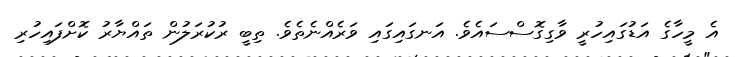
އެ މީހާގެ އަޑުގައިހުރީ ވާގިގޮސްސައެވެ. އަނގައިގައި ވަރެއްނެތެވެ. ތިބީ ރުކުރަލުން ތައްޔާރު ކޮށްފައިހުރި